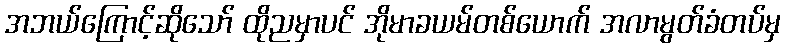
အဘယ်ကြောင့်ဆိုသော် ထိုညမှာပင် အိုမာခယမ်တစ်ယောက် အလာမွတ်ခံတပ်မှ